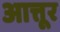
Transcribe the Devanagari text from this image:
आत्तूर